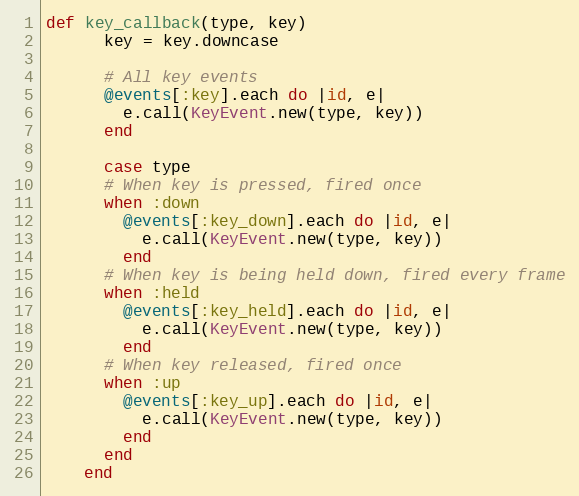
Language: Ruby
def key_callback(type, key)
      key = key.downcase

      # All key events
      @events[:key].each do |id, e|
        e.call(KeyEvent.new(type, key))
      end

      case type
      # When key is pressed, fired once
      when :down
        @events[:key_down].each do |id, e|
          e.call(KeyEvent.new(type, key))
        end
      # When key is being held down, fired every frame
      when :held
        @events[:key_held].each do |id, e|
          e.call(KeyEvent.new(type, key))
        end
      # When key released, fired once
      when :up
        @events[:key_up].each do |id, e|
          e.call(KeyEvent.new(type, key))
        end
      end
    end